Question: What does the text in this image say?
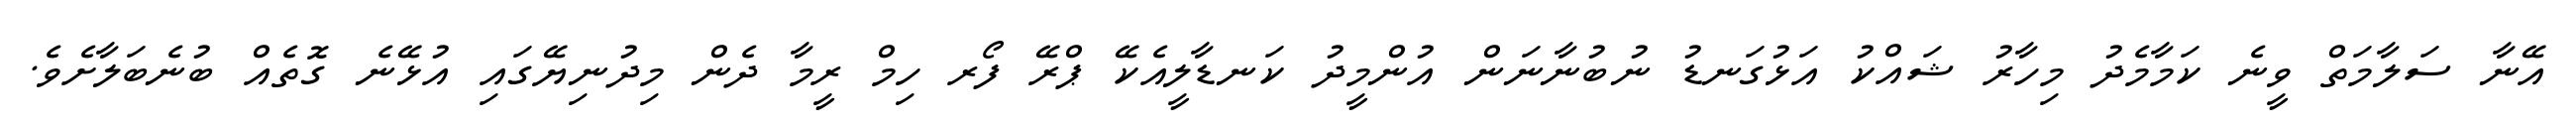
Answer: އޭނާ ސަލާމަތް ވީނެ ކަމާމެދު މިހާރު ޝައްކު އަޅުގަނޑު ނުބުނާނަން އުންމީދު ކަނޑާލީއެކޭ ޕްރޭ ފޯރ ހިމް ރީމާ ދެން މިދުނިޔޭގައި އުޅޭނެ ގޮތެއް ބުނެބަލާށެވެ.